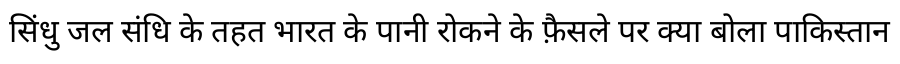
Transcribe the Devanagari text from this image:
सिंधु जल संधि के तहत भारत के पानी रोकने के फ़ैसले पर क्या बोला पाकिस्तान